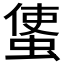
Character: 𧍅